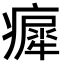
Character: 𤺳